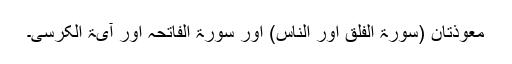
معوذتان (سورۃ الفلق اور الناس) اور سورۃ الفاتحہ اور آیۃ الکرسی۔